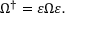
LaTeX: \Omega ^ { \dagger } = \varepsilon \Omega \varepsilon .